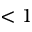
< 1